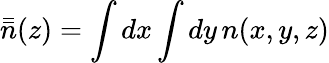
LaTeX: \bar{\bar{n}}(z)=\int dx\int dy\, n(x,y,z)